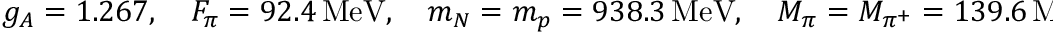
g _ { A } = 1 . 2 6 7 , \quad F _ { \pi } = 9 2 . 4 \, \mathrm { M e V } , \quad m _ { N } = m _ { p } = 9 3 8 . 3 \, \mathrm { M e V } , \quad M _ { \pi } = M _ { \pi ^ { + } } = 1 3 9 . 6 \, \mathrm { M e V } .